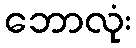
ဘောလုံး